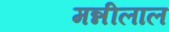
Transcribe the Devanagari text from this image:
मन्नीलाल